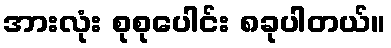
အားလုံး စုစုပေါင်း ၈ခုပါတယ်။